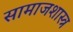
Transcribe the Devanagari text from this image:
सामाजशास्त्र